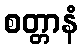
စတ္တာနံ